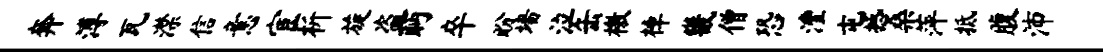
奔溥瓦潸信意宦析旋盗眄卒盼墙泣缶檄棹畿僧恐澧屯撼桑萍抵腹沛